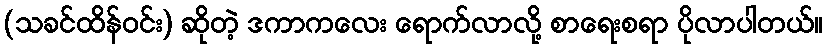
(သခင်ထိန်ဝင်း) ဆိုတဲ့ ဒကာကလေး ရောက်လာလို့ စာရေးစရာ ပိုလာပါတယ်။